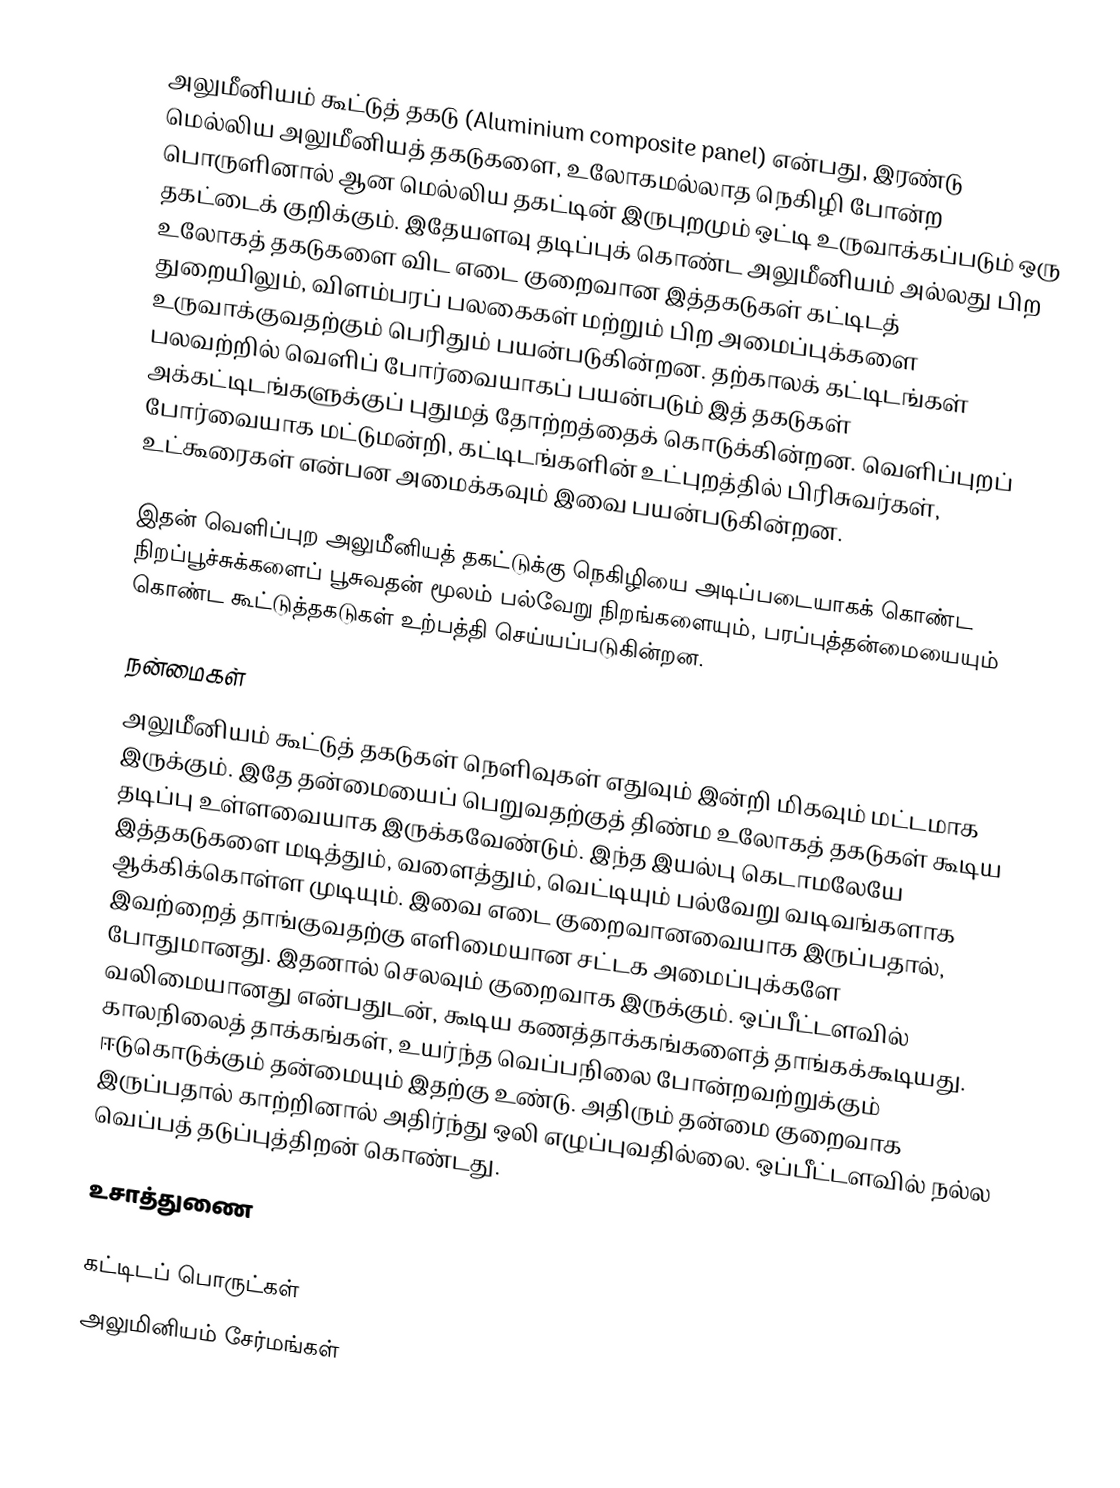
அலுமீனியம் கூட்டுத் தகடு (Aluminium composite panel) என்பது, இரண்டு மெல்லிய அலுமீனியத் தகடுகளை, உலோகமல்லாத நெகிழி போன்ற பொருளினால் ஆன மெல்லிய தகட்டின் இருபுறமும் ஒட்டி உருவாக்கப்படும் ஒரு தகட்டைக் குறிக்கும். இதேயளவு தடிப்புக் கொண்ட அலுமீனியம் அல்லது பிற உலோகத் தகடுகளை விட எடை குறைவான இத்தகடுகள் கட்டிடத் துறையிலும், விளம்பரப் பலகைகள் மற்றும் பிற அமைப்புக்களை உருவாக்குவதற்கும் பெரிதும் பயன்படுகின்றன. தற்காலக் கட்டிடங்கள் பலவற்றில் வெளிப் போர்வையாகப் பயன்படும் இத் தகடுகள் அக்கட்டிடங்களுக்குப் புதுமத் தோற்றத்தைக் கொடுக்கின்றன. வெளிப்புறப் போர்வையாக மட்டுமன்றி, கட்டிடங்களின் உட்புறத்தில் பிரிசுவர்கள், உட்கூரைகள் என்பன அமைக்கவும் இவை பயன்படுகின்றன.

இதன் வெளிப்புற அலுமீனியத் தகட்டுக்கு நெகிழியை அடிப்படையாகக் கொண்ட நிறப்பூச்சுக்களைப் பூசுவதன் மூலம் பல்வேறு நிறங்களையும், பரப்புத்தன்மையையும் கொண்ட கூட்டுத்தகடுகள் உற்பத்தி செய்யப்படுகின்றன.

நன்மைகள்
அலுமீனியம் கூட்டுத் தகடுகள் நெளிவுகள் எதுவும் இன்றி மிகவும் மட்டமாக இருக்கும். இதே தன்மையைப் பெறுவதற்குத் திண்ம உலோகத் தகடுகள் கூடிய தடிப்பு உள்ளவையாக இருக்கவேண்டும். இந்த இயல்பு கெடாமலேயே இத்தகடுகளை மடித்தும், வளைத்தும், வெட்டியும் பல்வேறு வடிவங்களாக ஆக்கிக்கொள்ள முடியும். இவை எடை குறைவானவையாக இருப்பதால், இவற்றைத் தாங்குவதற்கு எளிமையான சட்டக அமைப்புக்களே போதுமானது. இதனால் செலவும் குறைவாக இருக்கும். ஒப்பீட்டளவில் வலிமையானது என்பதுடன், கூடிய கணத்தாக்கங்களைத் தாங்கக்கூடியது. காலநிலைத் தாக்கங்கள், உயர்ந்த வெப்பநிலை போன்றவற்றுக்கும் ஈடுகொடுக்கும் தன்மையும் இதற்கு உண்டு. அதிரும் தன்மை குறைவாக இருப்பதால் காற்றினால் அதிர்ந்து ஒலி எழுப்புவதில்லை. ஒப்பீட்டளவில் நல்ல வெப்பத் தடுப்புத்திறன் கொண்டது.

உசாத்துணை

கட்டிடப் பொருட்கள்
அலுமினியம் சேர்மங்கள்